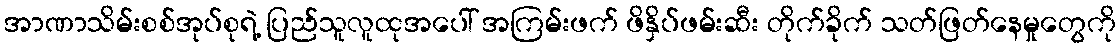
အာဏာသိမ်းစစ်အုပ်စုရဲ့ ပြည်သူလူထုအပေါ် အကြမ်းဖက် ဖိနှိပ်ဖမ်းဆီး တိုက်ခိုက် သတ်ဖြတ်နေမှုတွေကို